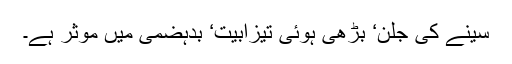
سینے کی جلن‘ بڑھی ہوئی تیزابیت‘ بدہضمی میں مؤثر ہے۔